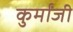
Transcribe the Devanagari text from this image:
कुर्मांजी